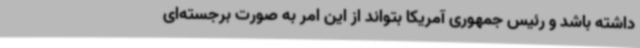
داشته باشد و رئیس جمهوری آمریکا بتواند از این امر به صورت برجسته‌ای